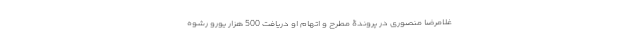
غلامرضا منصوری در پروندۀ مطرح و اتهام او دریافت 500 هزار یورو رشوه